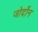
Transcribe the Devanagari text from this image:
जोर्दोन